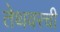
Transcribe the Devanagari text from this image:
तेथवरची